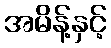
အမိန့်နှင့်